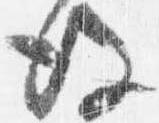
後